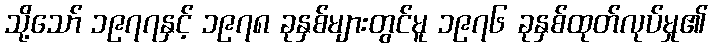
သို့သော် ၁၉၇၇နှင့် ၁၉၇၈ ခုနှစ်များတွင်မူ ၁၉၇၆ ခုနှစ်ထုတ်လုပ်မှု၏